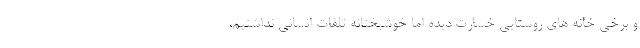
و برخی خانه های روستایی خسارت دیده اما خوشبختانه تلفات انسانی نداشتیم،